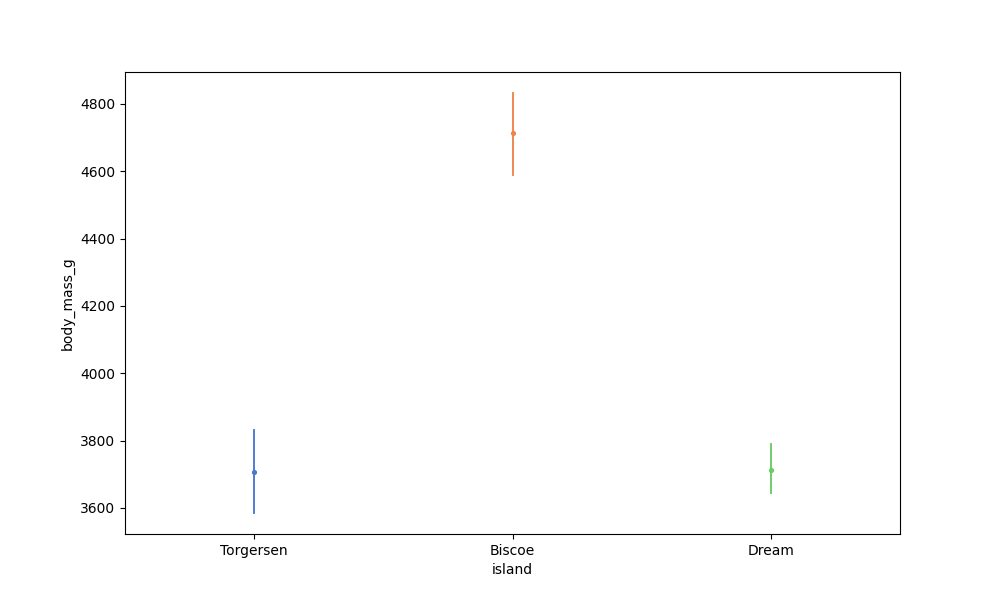
python, seaborn, pointplot, scale=0.5, join=False, hue='None', palette='muted'